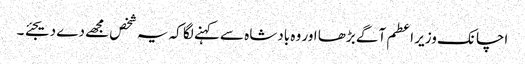
اچانک وزیر اعطم آگے بڑھا اور وہ بادشاہ سے کہنے لگا کہ یہ شخص مجھے دے دیجئے ۔